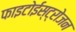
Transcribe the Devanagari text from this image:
फाइटोईस्ट्रोजन